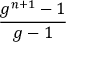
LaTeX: \frac { g ^ { n + 1 } - 1 } { g - 1 }